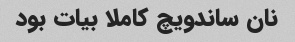
نان ساندویچ کاملا بیات بود